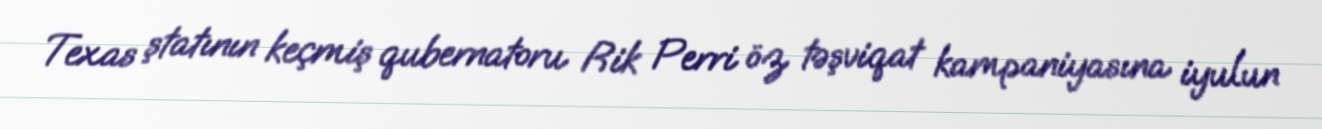
Texas ştatının keçmiş qubernatoru Rik Perri öz təşviqat kampaniyasına iyulun